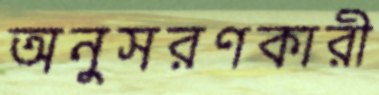
অনুসরণকারী